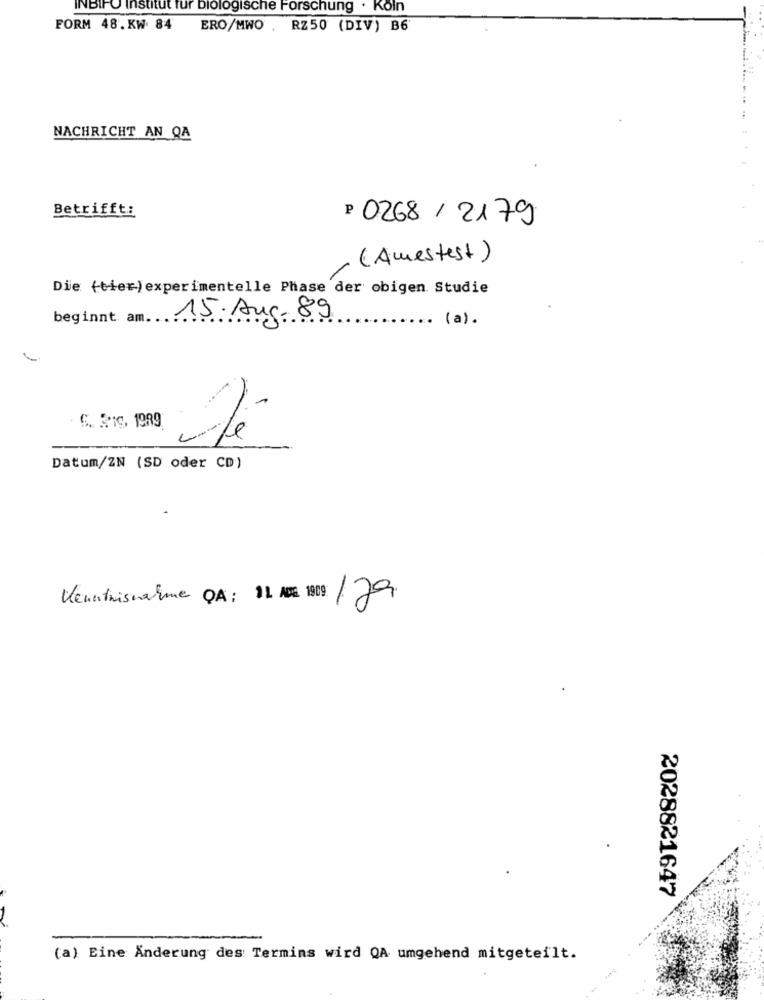
INBIFO Institut fur biologische Forschung . Koln
FORM 48. KW 84
ERO/MWO . RZ50 (DIV) B6
NACHRICHT AN QA
Betrifft:
P 0268 /2179
(Amestest )
Die (tier)experimentelle Phase der obigen Studie
beginnt am ...
15.Aug.89
.. (a).
Datum/ZN (SD oder CD)
Kenntnisnahme QA: 11 ABEL 1909: 179.
2028821647
(a) Eine Änderung des Termins wird QA umgehend mitgeteilt.